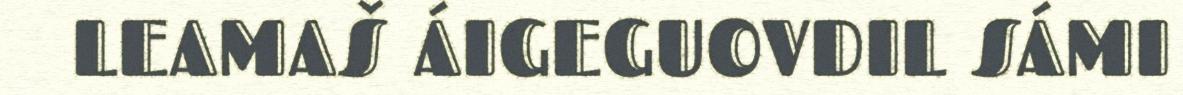
LEAMAŠ ÁIGEGUOVDIL SÁMI